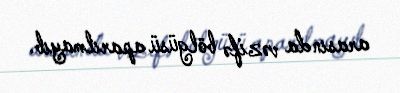
arasında vəzifə bölgüsü aparılmayıb.